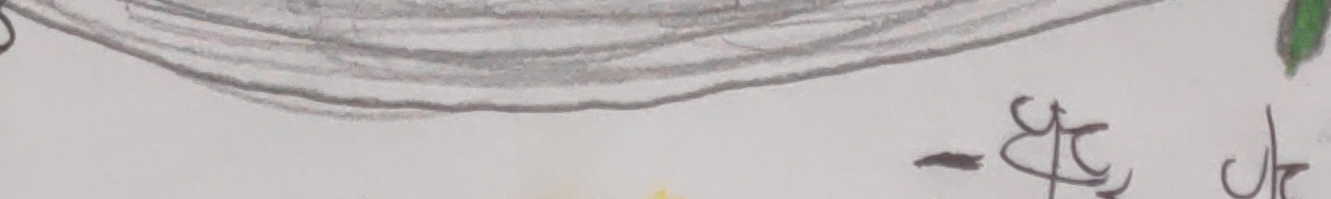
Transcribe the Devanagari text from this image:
- ष्ट र